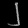
Digit: ၂